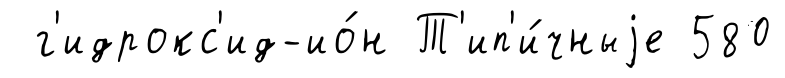
г'идрокс'ид-ио́н Т'ип'и́чныjе 580